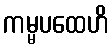
ကမ္မပထေဟိ